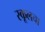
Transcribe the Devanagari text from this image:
स्कूलचा